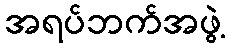
အရပ်ဘက်အဖွဲ့